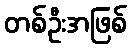
တစ်ဦးအဖြစ်